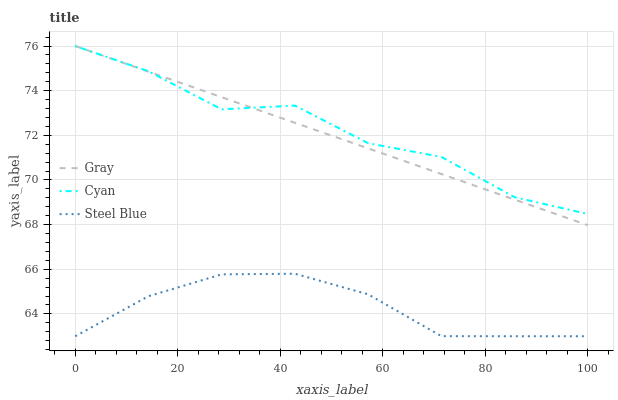
| xaxis_label | Gray | Cyan | Steel Blue |
 | --- | --- | --- | --- |
 | 0 | 76 | 76 | 63 |
 | 14.3 | 74.9 | 74.9 | 64.8 |
 | 28.6 | 73.7 | 73.2 | 65.8 |
 | 42.9 | 72.6 | 73.3 | 65.8 |
 | 57.1 | 71.4 | 71.6 | 64.9 |
 | 71.4 | 70.3 | 71 | 63 |
 | 85.7 | 69.1 | 69.2 | 63 |
 | 100 | 68 | 68.5 | 63 |